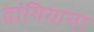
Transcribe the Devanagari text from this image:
द्रांगियाना